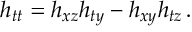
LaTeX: h _ { t t } = h _ { x z } h _ { t y } - h _ { x y } h _ { t z } \, .